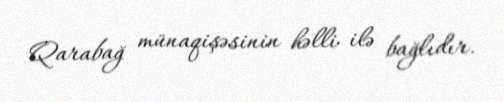
Qarabağ münaqişəsinin həlli ilə bağlıdır.